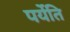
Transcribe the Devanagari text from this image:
पर्येति